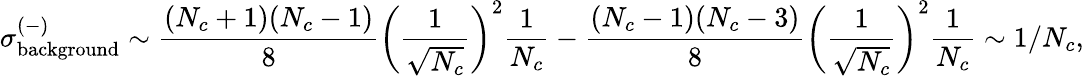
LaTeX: \sigma_{\mathrm{background}}^{(-)}\sim\frac{(N_{c}+1)(N_{c}-1)}{8}\left(\frac{1}{\sqrt{N_{c}}}\right)^{2}\frac{1}{N_{c}}-\frac{(N_{c}-1)(N_{c}-3)}{8}\left(\frac{1}{\sqrt{N_{c}}}\right)^{2}\frac{1}{N_{c}}\sim 1/N_{c},